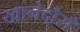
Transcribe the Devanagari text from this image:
खानेदौराँ